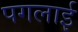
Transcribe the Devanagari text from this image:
पगलाई